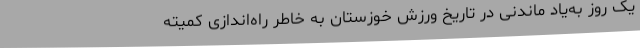
یک روز به‌یاد ماندنی در تاریخ ورزش خوزستان به خاطر راه‌اندازی کمیته